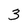
Character: 3